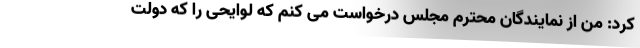
کرد: من از نمایندگان محترم مجلس درخواست می کنم که لوایحی را که دولت